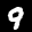
Label: 9